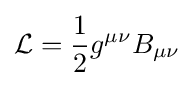
{\mathcal {L}}={\frac {1}{2}}g^{\mu \nu }B_{\mu \nu }